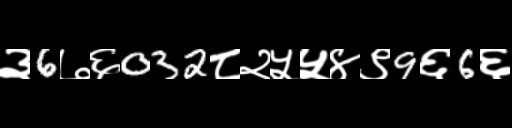
Text: ३6७६032८२५५४९9६6६